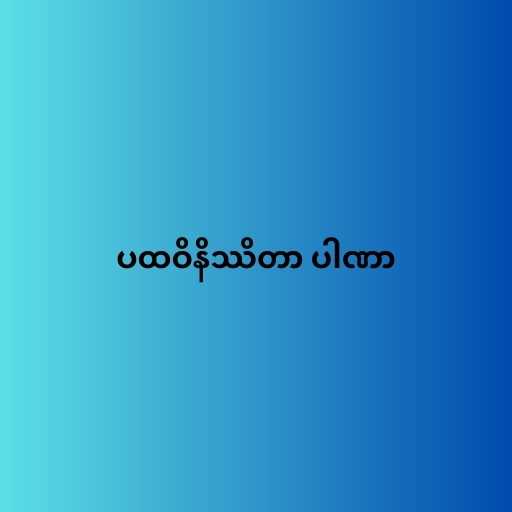
ပထဝိနိဿိတာ ပါဏာ